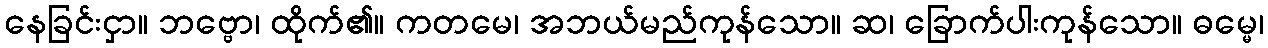
နေခြင်းငှာ။ ဘဗ္ဗော၊ ထိုက်၏။ ကတမေ၊ အဘယ်မည်ကုန်သော။ ဆ၊ ခြောက်ပါးကုန်သော။ ဓမ္မေ၊